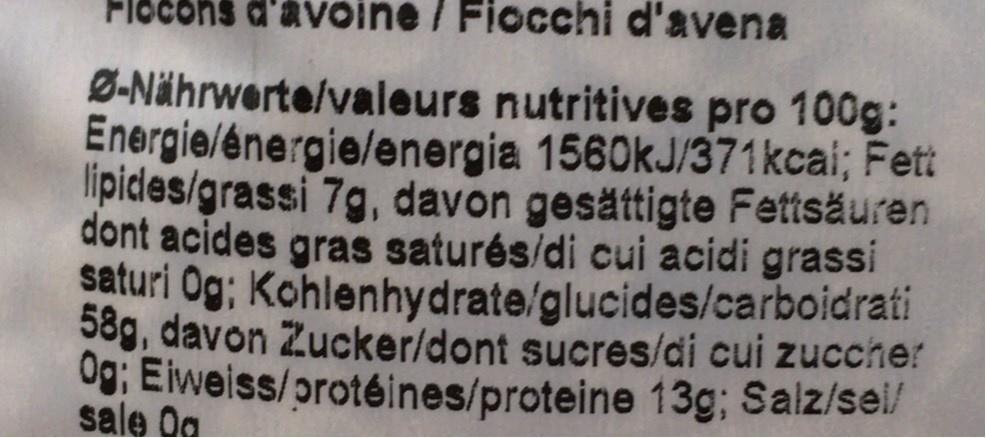
Flocons d'avoine / Fiocchi d'avena
Ø-Nährwerte/valeurs nutritives pro 100g: Energie/énergie/energia 1560kJ/371kcai; Fett lipides/grassi 7g, davon gesättigte Fettsäuren dont acides gras saturés/di cui acidi grassi saturi Og; Kohlenhydrate/glucides/carboidrati 58g, davon Zucker/dont sucres/di cui zuccher 0g: Eiweiss/protéines/proteine 13g; Salz/sel/ sale Oa